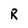
Character: R